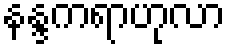
နန္ဒကရာဟုလာ